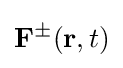
{\mathbf {F} }^{\pm }(\mathbf {r} ,t)